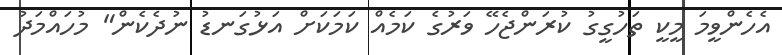
އެހެންވީމަ މީކީ ތަހުގީގު ކުރަންޖެހޭ ވަރުގެ ކަމެއް ކަމަކަށް އަޅުގަނޑު ނުދެކެން" މުހައްމަދު